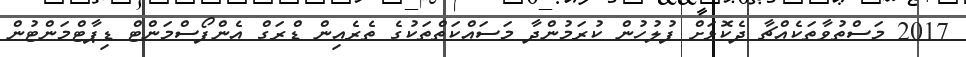
2017 މަސްތުވާތަކެއްޗާ ދެކޮޅަށް ފުލުހުން ކުރަމުންދާ މަސައްކަތްތަކުގެ ތެރެއިން ޑްރަގް އެންފޯސްމަންޓް ޑިޕާޓްމަންޓުން